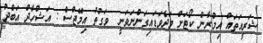
ޝަރީއަތައް އިމްރާން ކޯޓަށް ވަދެވަޑައިގަންނަވަނީ  ވަގުތު އިމޭޖްސް : އަޝްހާދް އަބްދު